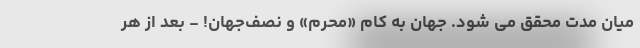
میان مدت محقق می شود. جهان به کام «مُحرم» و نصف‌جهان! - بعد از هر